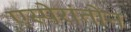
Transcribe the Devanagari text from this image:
एस्पेरांतोन